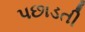
પછાડતી